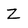
Character: Z